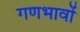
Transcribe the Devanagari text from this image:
गणभावों